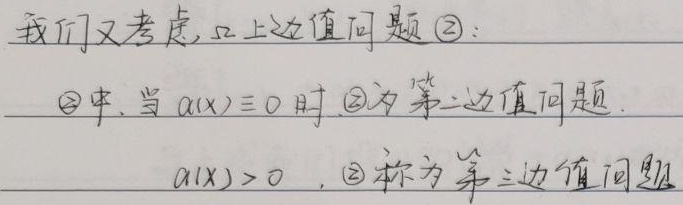
我们又考虑，如上述值问题\textcircled{2}：

在\textcircled{2}中，当 \(a(x)\equiv0\) 时，\textcircled{2}为第二边值问题。当 \(a(x)>0\) 时，\textcircled{2}称为第三边值问题。